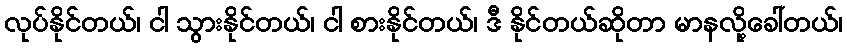
လုပ်နိုင်တယ်၊ ငါ သွားနိုင်တယ်၊ ငါ စားနိုင်တယ်၊ ဒီ နိုင်တယ်ဆိုတာ မာနလို့ခေါ်တယ်၊